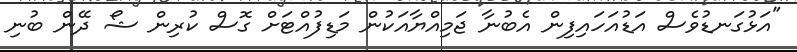
"އަޅުގަނޑުވެސް އަޑުއަހައިފިން އެބުނާ ޖަމިއްޔާއަކުން މަޑިފުއްޓަށް ގޮސް ކުރިން ޝޯ ދޭން ބުނި